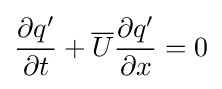
{\partial q' \over \partial t}+{\overline {U}}{\partial q' \over \partial x}=0